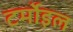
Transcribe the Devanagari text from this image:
टर्मोइल